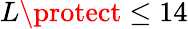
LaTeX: L\protect\leq 14